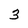
Character: 3